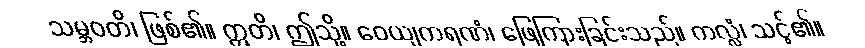
သမ္ဘဝတိ၊ ဖြစ်၏။ ဣတိ၊ ဤသို့။ ဝေယျကရဏံ၊ ဖြေကြားခြင်းသည်။ ကလ္လံ၊ သင့်၏။